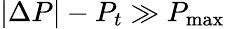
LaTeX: |\Delta P|-P_{t}\gg P_{\operatorname*{max}}